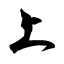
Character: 上